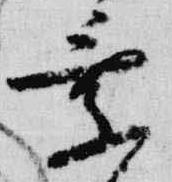
乗